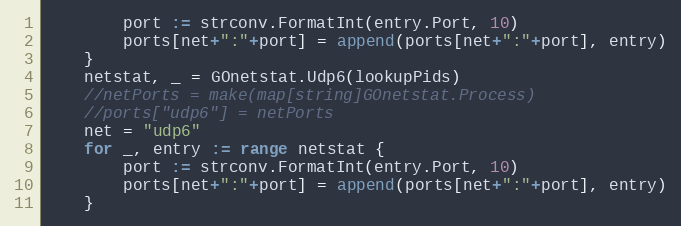
Language: Go
		port := strconv.FormatInt(entry.Port, 10)
		ports[net+":"+port] = append(ports[net+":"+port], entry)
	}
	netstat, _ = GOnetstat.Udp6(lookupPids)
	//netPorts = make(map[string]GOnetstat.Process)
	//ports["udp6"] = netPorts
	net = "udp6"
	for _, entry := range netstat {
		port := strconv.FormatInt(entry.Port, 10)
		ports[net+":"+port] = append(ports[net+":"+port], entry)
	}